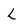
Character: l